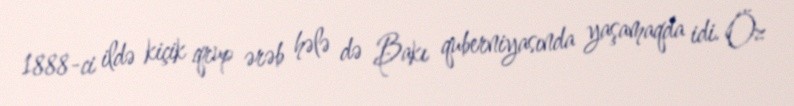
1888-ci ildə kiçik qrup ərəb hələ də Bakı quberniyasında yaşamaqda idi. Öz